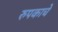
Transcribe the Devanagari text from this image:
रुपकाचे